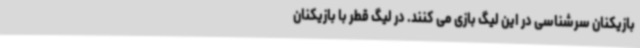
بازیکنان سرشناسی در این لیگ بازی می کنند. در لیگ قطر با بازیکنان